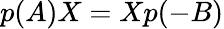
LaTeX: p(A)X=Xp(-B)